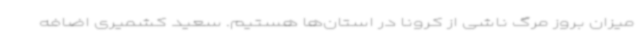
میزان بروز مرگ ناشی از کرونا در استان‌ها هستیم. سعید کشمیری اضافه